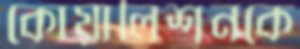
কোয়ালিশনকে